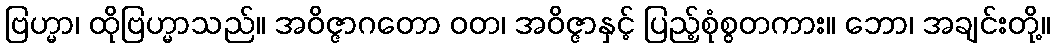
ဗြဟ္မာ၊ ထိုဗြဟ္မာသည်။ အဝိဇ္ဇာဂတော ဝတ၊ အဝိဇ္ဇာနှင့် ပြည့်စုံစွတကား။ ဘော၊ အချင်းတို့။